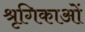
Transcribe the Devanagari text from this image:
श्रृगिकाओं